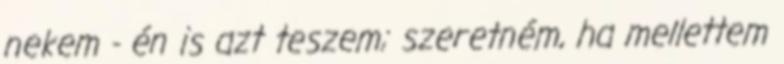
nekem - én is azt teszem; szeretném, ha mellettem